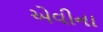
એવીના